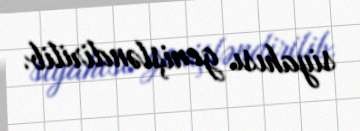
siyahısı genişləndirilib.